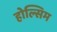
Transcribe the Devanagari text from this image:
होल्सिम